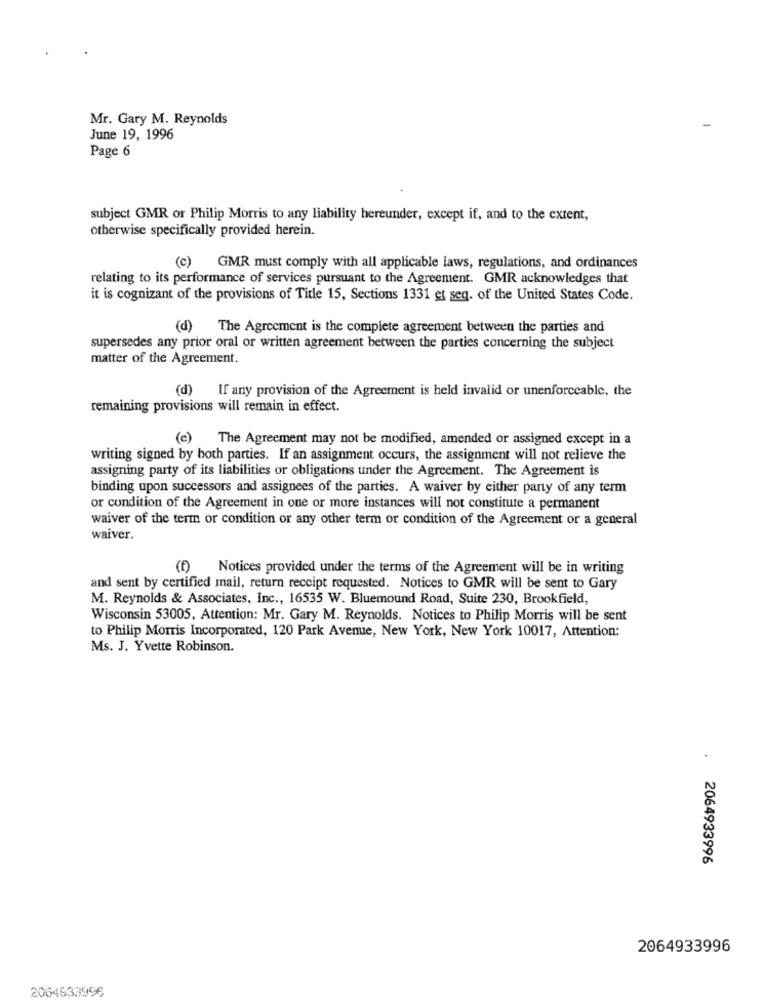
Mr. Gary M. Reynolds
June 19, 1996
Page 6
subject GMR or Philip Morris to any liability hereunder, except if, and to the extent,
otherwise specifically provided herein.
(c) GMR must comply with all applicable laws, regulations, and ordinances
relating to its performance of services pursuant to the Agreement. GMR acknowledges that
it is cognizant of the provisions of Title 15, Sections 1331 et seq. of the United States Code.
(d) The Agreement is the complete agreement between the parties and
supersedes any prior oral or written agreement between the parties concerning the subject
matter of the Agreement.
(d) If any provision of the Agreement is held invalid or unenforceable, the
remaining provisions will remain in effect.
(e) The Agreement may not be modified, amended or assigned except in a
writing signed by both parties. If an assignment occurs, the assignment will not relieve the
assigning party of its liabilities or obligations under the Agreement. The Agreement is
binding upon successors and assignees of the parties. A waiver by either party of any term
or condition of the Agreement in one or more instances will not constitute a permanent
waiver of the term or condition or any other term or condition of the Agreement or a general
waiver.
(f) Notices provided under the terms of the Agreement will be in writing
and sent by certified mail, return receipt requested. Notices to GMR will be sent to Gary
M. Reynolds & Associates, Inc ., 16535 W. Bluemound Road, Suite 230, Brookfield,
Wisconsin 53005, Attention: Mr. Gary M. Reynolds. Notices to Philip Morris will be sent
to Philip Morris Incorporated, 120 Park Avenue, New York, New York 10017, Attention:
Ms. J. Yvette Robinson.
2064933996
2064933996
2064633996